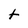
Character: t